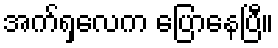
အက်ရှလေက ပြောနေပြီ။